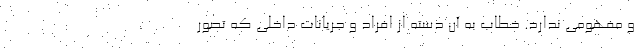
و مفهومی ندارد. خطاب به آن دسته از افراد و جریانات داخلی که تصور